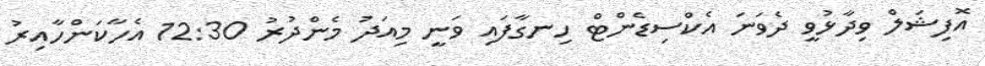
އޮފިޝަލް ވިދާޅުވީ ދެވަނަ އެކްސިޑެންޓް ހިނގާފައި ވަނީ މިއަދު މެންދުރު 12:30 އެހާކަންހާއިރު